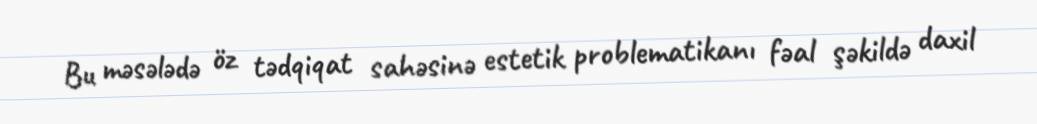
Bu məsələdə öz tədqiqat sahəsinə estetik problematikanı fəal şəkildə daxil